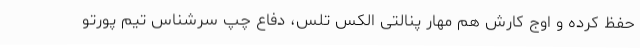
حفظ کرده و اوج کارش هم مهار پنالتی الکس تلس، دفاع چپ سرشناس تیم پورتو